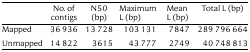
<table><thead><tr><td></td><td><b>No. of contigs</b></td><td><b>N50 (bp)</b></td><td><b>Maximum L (bp)</b></td><td><b>Mean L (bp)</b></td><td><b>Total L (bp)</b></td></tr></thead><tbody><tr><td>Mapped</td><td>36 936</td><td>13 728</td><td>103 131</td><td>7847</td><td>289 796 664</td></tr><tr><td>Unmapped</td><td>14 822</td><td>3615</td><td>43 777</td><td>2749</td><td>40 748 813</td></tr></tbody></table>